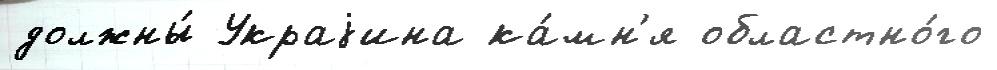
должны́ Украjина ка́мн'я областно́го